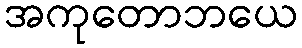
အကုတောဘယေ